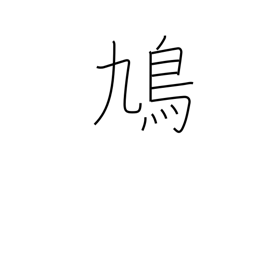
Meaning: dove